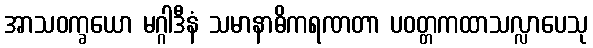
အာသဝက္ခယော မဂ္ဂါဒီနံ သမာနာဓိကရဏတာ ပဝတ္တကထာသလ္လာပေသု